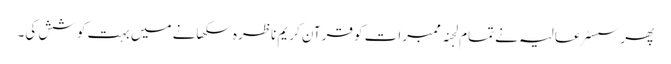
پھر سسٹر عالیہ نے تمام لجنہ ممبرات کو قرآن کریم ناظرہ سکھانے میں بہت کوشش کی۔